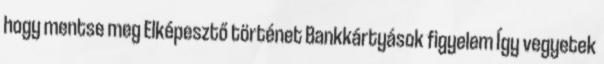
hogy mentse meg Elképesztő történet Bankkártyások figyelem Így vegyetek